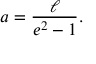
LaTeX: a = { \frac { \ell } { e ^ { 2 } - 1 } } .